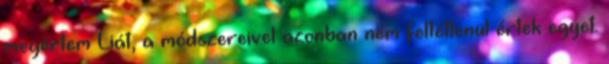
megértem Liát, a módszereivel azonban nem feltétlenül értek egyet.